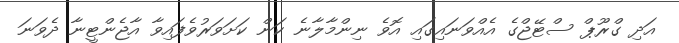
އަދި ގްރޫޕް ސްޓޭޖްގެ އެއްވަނައިގައި އޮވެ ނިންމާލާނެ ކަން ކަށަވަރުވެފައިވާ އާޖެންޓީނާ ދެވަނަ